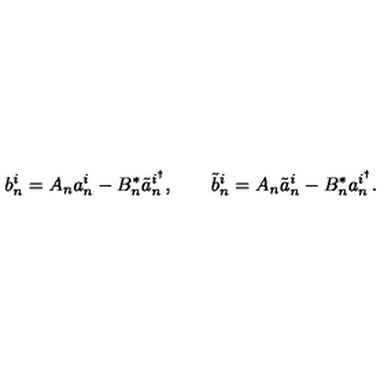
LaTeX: b _ { n } ^ { i } = A _ { n } a _ { n } ^ { i } - B _ { n } ^ { * } \tilde { a } _ { n } ^ { i ^ { \dagger } } , \qquad \tilde { b } _ { n } ^ { i } = A _ { n } \tilde { a } _ { n } ^ { i } - B _ { n } ^ { * } a _ { n } ^ { i ^ { \dagger } } .